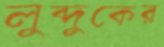
লুব্দুকের